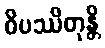
ဝိပဿိတုန္တိ